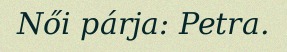
Női párja: Petra.